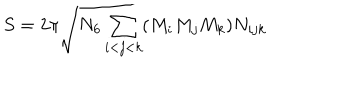
S = 2 \pi \sqrt { N _ { 6 } \sum _ { i < j < k } ( M _ { i } M _ { j } M _ { k } ) N _ { i j k } }